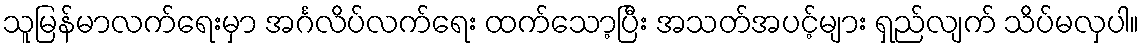
သူမြန်မာလက်ရေးမှာ အင်္ဂလိပ်လက်ရေး ထက်သော့ပြီး အသတ်အပင့်များ ရှည်လျက် သိပ်မလှပါ။